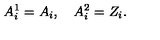
A _ { i } ^ { 1 } = A _ { i } , \quad A _ { i } ^ { 2 } = Z _ { i } .